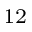
^ { 1 2 }